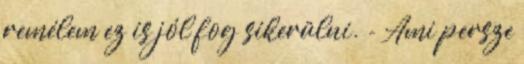
remélem ez is jól fog sikerülni. - Ami persze